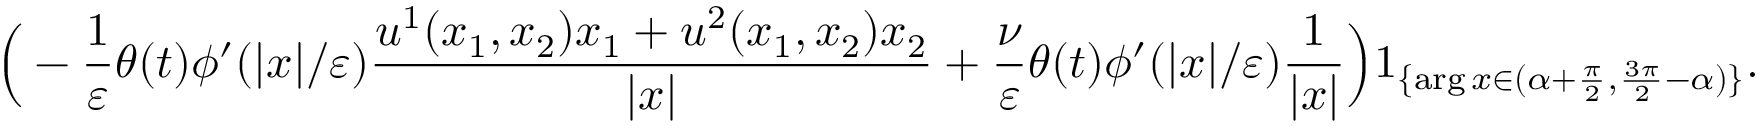
\Big ( - \frac { 1 } { \varepsilon } \theta ( t ) \phi ^ { \prime } ( | x | / \varepsilon ) \frac { u ^ { 1 } ( x _ { 1 } , x _ { 2 } ) x _ { 1 } + u ^ { 2 } ( x _ { 1 } , x _ { 2 } ) x _ { 2 } } { | x | } + \frac { \nu } { \varepsilon } \theta ( t ) \phi ^ { \prime } ( | x | / \varepsilon ) \frac { 1 } { | x | } \Big ) 1 _ { \{ \arg x \in ( \alpha + \frac { \pi } { 2 } , \frac { 3 \pi } { 2 } - \alpha ) \} } .